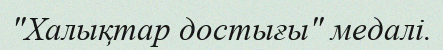
"Халықтар достығы" медалі.